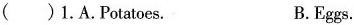
( )1. A. Potatoes. B. Eggs.